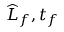
\widehat { L } _ { f } , t _ { f }